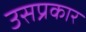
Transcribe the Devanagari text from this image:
उसप्रकार